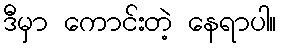
ဒီမှာ ကောင်းတဲ့ နေရာပါ။